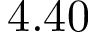
4 . 4 0